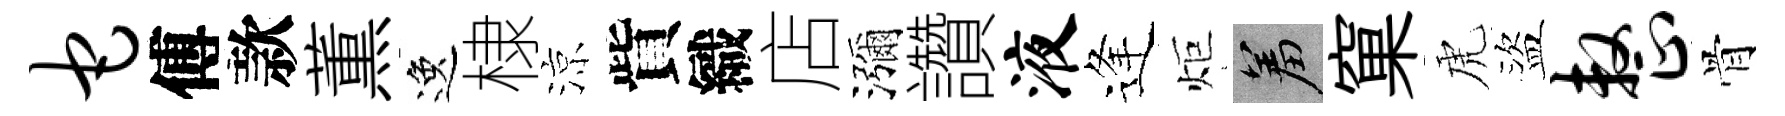
它傅款薫逸棣涼貲織店瀰讚液逢炬羞窠虎盜整骨